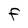
Character: F